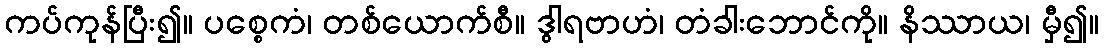
ကပ်ကုန်ပြီး၍။ ပစ္စေကံ၊ တစ်ယောက်စီ။ ဒွါရဗာဟံ၊ တံခါးဘောင်ကို။ နိဿာယ၊ မှီ၍။